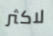
لاكثر